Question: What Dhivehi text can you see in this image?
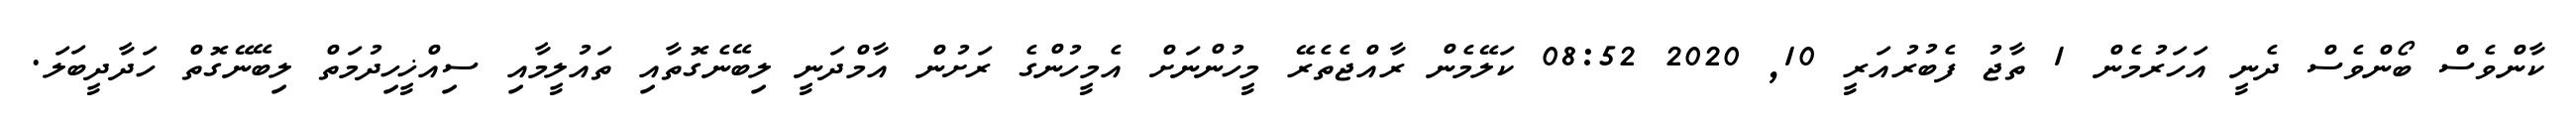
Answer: ކާންވެސް ބޯންވެސް ދެނީ އަހަރުމެން 1 ތާޖު ފެބުރުއަރީ 10, 2020 08:52 ކަލޭމެން ރާއްޖެތެރޭ މީހުންނަށް އެމީހުންގެ ރަށުން އާމްދަނީ ލިބޭނެގޮތާއި ތައުލީމާއި ސިއްޚީހިދުމަތް ލިބޭނޭގޮތް ހަދާދީބަލަ.